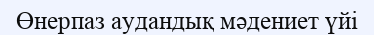
Өнерпаз аудандық мәдениет үйі